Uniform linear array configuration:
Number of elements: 32
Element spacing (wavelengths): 0.25
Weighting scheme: kaiser
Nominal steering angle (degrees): -30
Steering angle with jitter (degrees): -31.078
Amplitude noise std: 0.05
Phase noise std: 0.05

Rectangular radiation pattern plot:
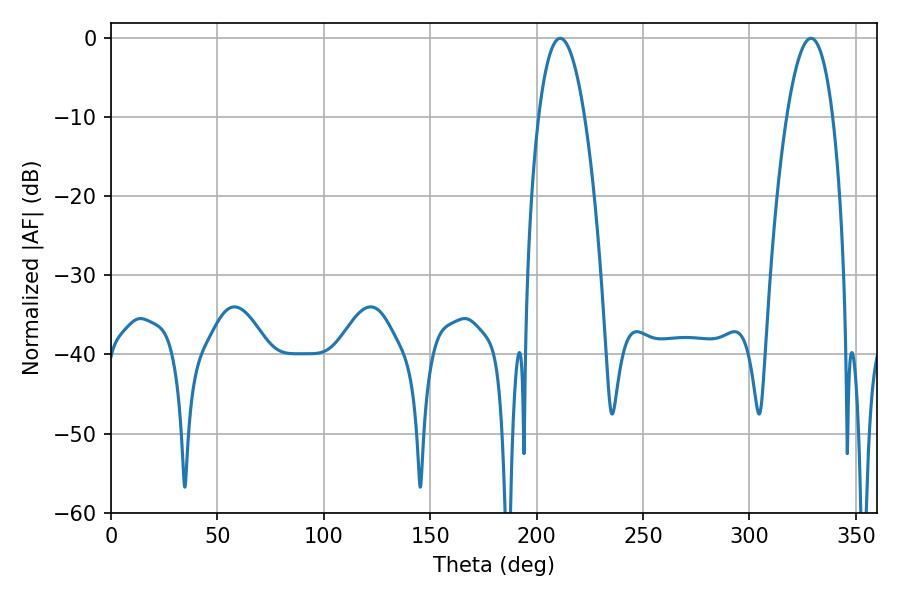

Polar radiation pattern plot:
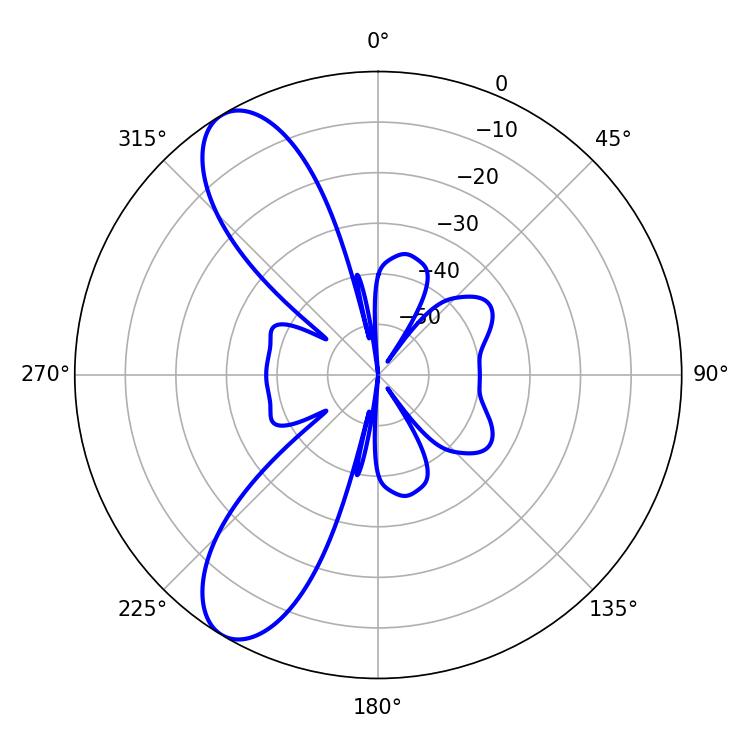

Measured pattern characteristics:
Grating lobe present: FALSE
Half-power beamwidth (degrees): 12.06
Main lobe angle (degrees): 211.14